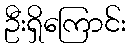
ဦးရှိကြောင်း